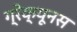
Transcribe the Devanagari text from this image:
ग्रेक्यूनस